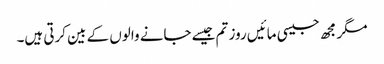
مگر مجھ جیسی مائیں روز تم جیسے جانے والوں کے بین کرتی ہیں۔